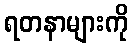
ရတနာများကို